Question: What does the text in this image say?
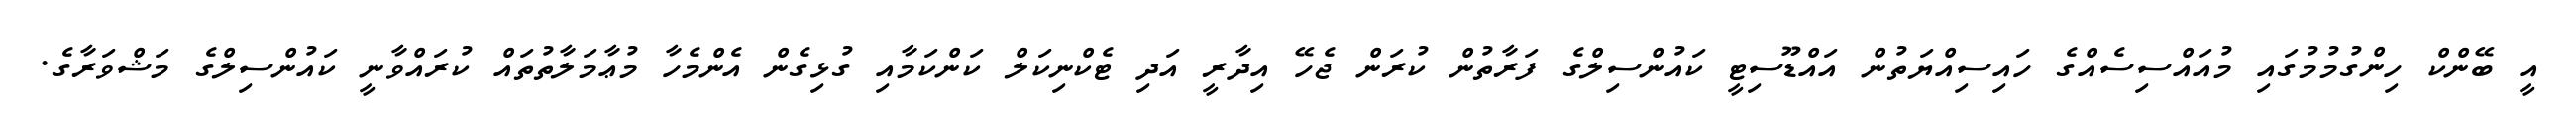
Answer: އީ ބޭންކް ހިންގުމުމުގައި މުއައްސިސެއްގެ ހައިސިއްޔަތުން އައްޑޫސިޓީ ކައުންސިލްގެ ފަރާތުން ކުރަން ޖެހޭ އިދާރީ އަދި ޓެކްނިކަލް ކަންކަމާއި ގުޅިގެން އެންމެހާ މުޢާމަލާތުތައް ކުރައްވާނީ ކައުންސިލްގެ މަޝްވަރާގެ.